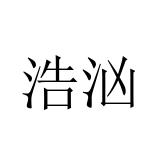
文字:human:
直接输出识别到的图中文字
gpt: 浩汹